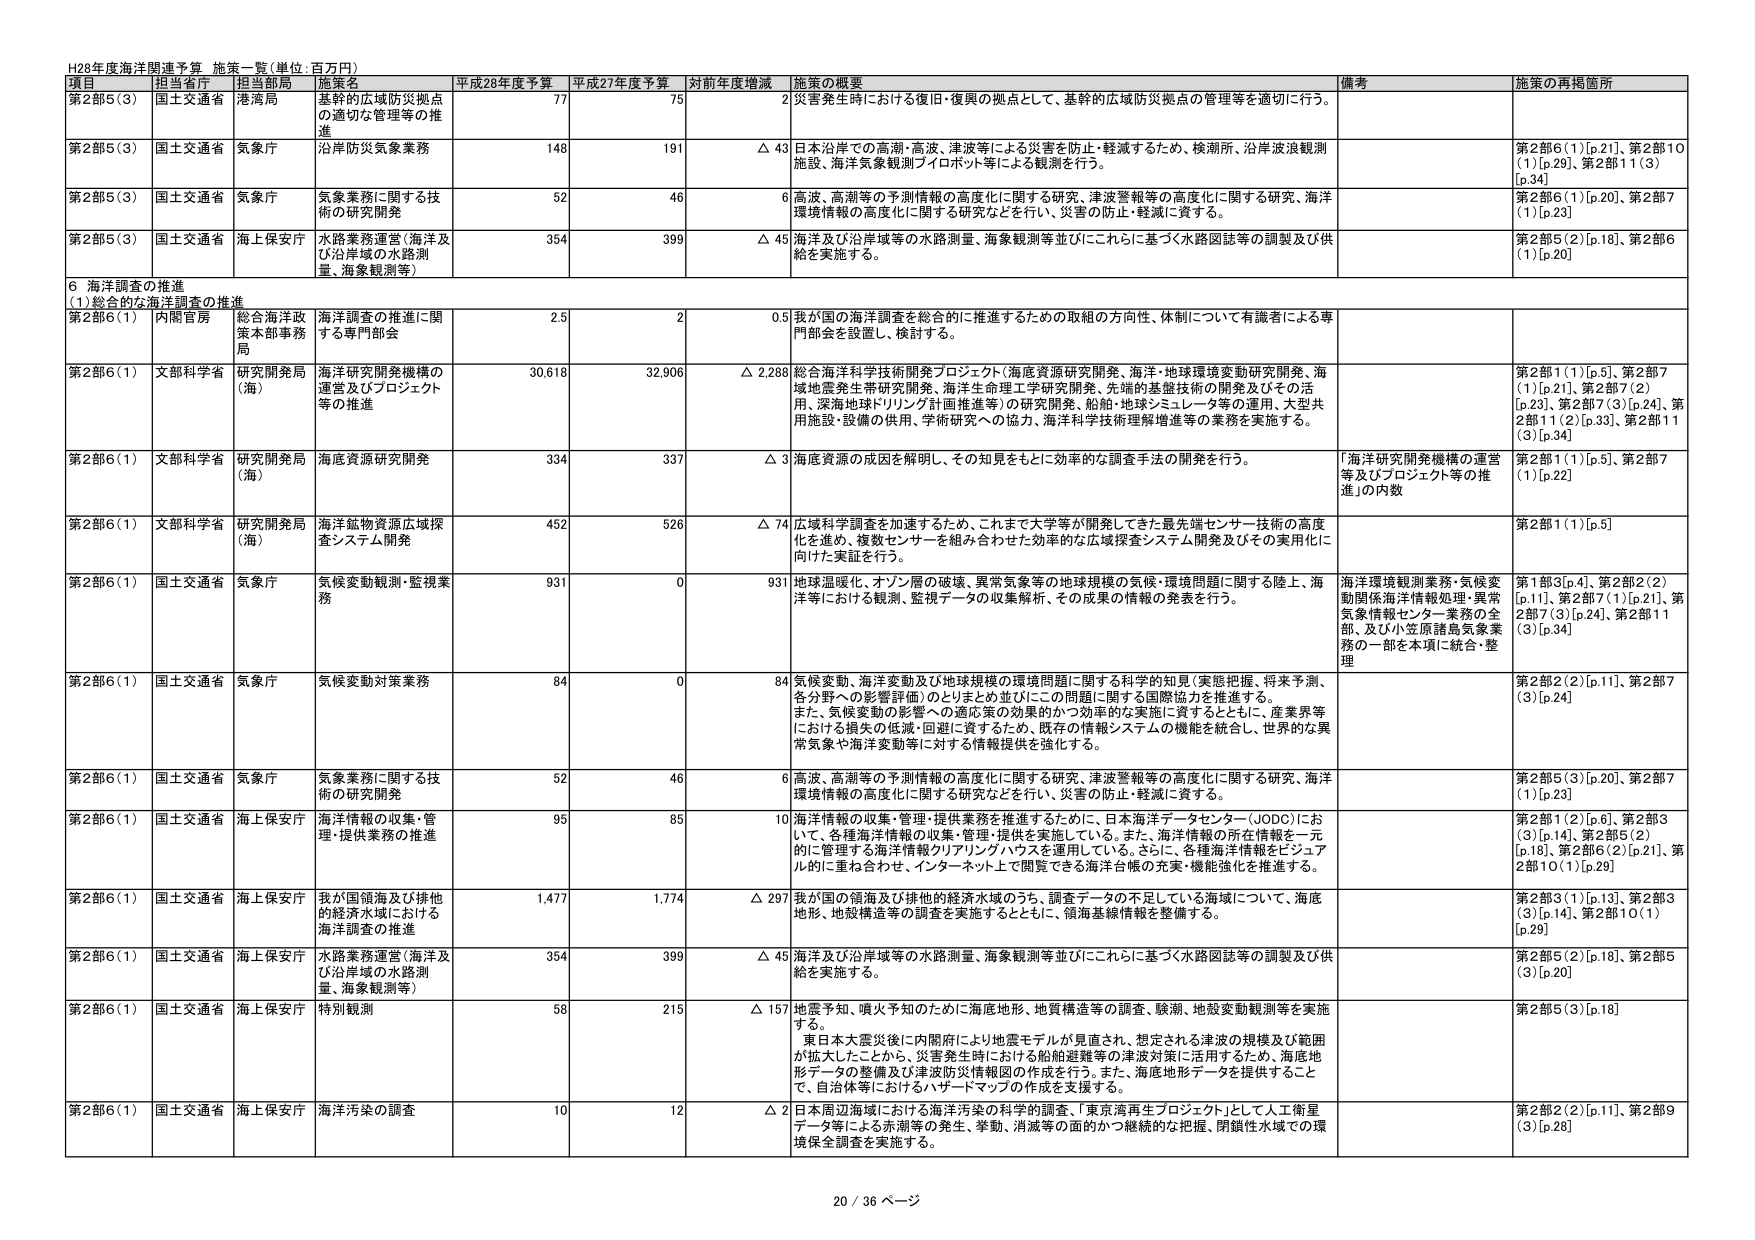
H28年度海洋関連予算 施策一覧(単位:百万円)

項目 担当省庁 担当局 施策名 平成28年度予算 平成27年度予算 対前年度増減 施策の概要 備考 施策の再掲箇所

第2部5(3) 国土交通省 港湾局 基幹的広域防災拠点の適切な管理等の推進 77 75 2 災害発生時における復旧・復興の拠点として、基幹的広域防災拠点の管理等を適切に行う。

第2部5(3) 国土交通省 気象庁 沿岸防災気象業務 148 191 △ 43 日本沿岸での高潮・高波・津波等による災害を防止・軽減するため、検潮所、沿岸波浪観測施設、海洋気象観測パイロボット等による観測を行う。 第2部6(1)[p.21]、第2部10(1)[p.29]、第2部11(3)[p.34]

第2部5(3) 国土交通省 気象庁 気象業務に関する技術の研究開発 52 46 6 高波、高潮等の予測情報の高度化に関する研究、津波警報等の高度化に関する研究、海洋環境情報の高度化に関する研究などを行い、災害の防止・軽減に資する。 第2部6(1)[p.20]、第2部7(1)[p.23]

第2部5(3) 国土交通省 海上保安庁 水路業務運営(海洋及び沿岸域の水路測量、海象観測等) 354 399 △ 45 海洋及び沿岸域等の水路測量、海象観測等並びにこれらに基づく水路図誌等の調製及び供給を実施する。 第2部5(2)[p.18]、第2部6(1)[p.20]

6 海洋調査の推進
(1)総合的な海洋調査の推進

第2部6(1) 内閣官房 総合海洋政策本部事務局 海洋調査の推進に関する専門部会 2.5 2 0.5 我が国の海洋調査を総合的に推進するための取組の方向性、体制について有識者による専門部会を設置し、検討する。

第2部6(1) 文部科学省 研究開発局(海) 海洋研究開発機構の運営及びプロジェクト等の推進 30,618 32,906 △ 2,288 総合海洋科学技術開発プロジェクト(海底資源研究開発、海洋・地球環境変動研究開発、海域地震発生帯研究開発、海洋生命理工学研究開発、先端的基盤技術の開発及びその活用、深海地球ドリリング計画推進等)の研究開発、船舶・地球シミュレータ等の運用、大型共用施設・設備の供用、学術研究への協力、海洋科学技術理解増進等の業務を実施する。 第2部1(1)[p.5]、第2部7(1)[p.21]、第2部7(2)[p.23]、第2部7(3)[p.24]、第2部11(2)[p.33]、第2部11(3)[p.34]

第2部6(1) 文部科学省 研究開発局(海) 海底資源研究開発 334 337 △ 3 海底資源の成因を解明し、その知見をもとに効率的な調査手法の開発を行う。 「海洋研究開発機構の運営等及びプロジェクト等の推進」の内数 第2部1(1)[p.5]、第2部7(1)[p.22]

第2部6(1) 文部科学省 研究開発局(海) 海洋鉱物資源広域探査システム開発 452 526 △ 74 広域科学調査を加速するため、これまで大学等が開発してきた最先端センサー技術の高度化を進め、複数センサーを組み合わせた効率的な広域探査システム開発及びその実用化に向けた実証を行う。 第2部1(1)[p.5]

第2部6(1) 国土交通省 気象庁 気候変動観測・監視業務 931 0 931 地球温暖化、オゾン層の破壊、異常気象等の地球規模の気候・環境問題に関する陸上、海洋等における観測、監視データの収集解析、その成果の情報の発表を行う。 海洋環境観測業務・気候変動関係海洋情報処理・異常気象観測センサー業務の全部、及び小笠原諸島気象業務の一部を本項に統合・整理 第1部3[p.4]、第2部2(2)[p.11]、第2部7(1)[p.21]、第2部7(3)[p.24]、第2部11(3)[p.34]

第2部6(1) 国土交通省 気象庁 気候変動対策業務 84 0 84 気候変動、海洋変動及び地球規模の環境問題に関する科学的知見(実態把握、将来予測、各分野への影響評価)のとりまとめ並びにこの問題に関する国際協力を推進する。また、気候変動の影響への適応策の実施のための効率的な実施に資するとともに、産業界等における損失の低減・回避に資するため、既存の情報システムの機能を統合し、世界的な異常気象や海洋変動等に対する情報提供を強化する。 第2部2(2)[p.11]、第2部7(3)[p.24]

第2部6(1) 国土交通省 気象庁 気象業務に関する技術の研究開発 52 46 6 高波、高潮等の予測情報の高度化に関する研究、津波警報等の高度化に関する研究、海洋環境情報の高度化に関する研究などを行い、災害の防止・軽減に資する。 第2部5(3)[p.20]、第2部7(1)[p.23]

第2部6(1) 国土交通省 海上保安庁 海洋情報の収集・管理・提供業務の推進 95 85 10 海洋情報の収集・管理・提供業務を推進するために、日本海洋データセンター(JODC)において、各種海洋情報の収集・管理・提供を実施している。また、海洋情報の所在情報を一元的に管理する海洋情報クリアリングハウスを運用している。さらに、各種海洋情報をビジュアル的に重ね合わせ、インターネット上で閲覧できる海洋台帳の充実・機能強化を推進する。 第2部1(2)[p.6]、第2部3(3)[p.14]、第2部5(2)[p.18]、第2部6(2)[p.21]、第2部10(1)[p.29]

第2部6(1) 国土交通省 海上保安庁 我が国領海及び排他的経済水域における海洋調査の推進 1,477 1,774 △ 297 我が国の領海及び排他的経済水域のうち、調査データの不足している海域について、海底地形、地殻構造等の調査を実施するとともに、領海基線情報を整備する。 第2部3(1)[p.13]、第2部3(3)[p.14]、第2部10(1)[p.29]

第2部6(1) 国土交通省 海上保安庁 水路業務運営(海洋及び沿岸域の水路測量、海象観測等) 354 399 △ 45 海洋及び沿岸域等の水路測量、海象観測等並びにこれらに基づく水路図誌等の調製及び供給を実施する。 第2部5(2)[p.18]、第2部5(3)[p.20]

第2部6(1) 国土交通省 海上保安庁 特別観測 58 215 △ 157 地震予知、噴火予知のために海底地形、地質構造等の調査、験潮、地殻変動観測等を実施する。 東日本大震災後に内閣府により地震モデルが見直され、想定される津波の規模及び範囲が拡大したことから、災害発生時における船舶避難等の津波対策に活用するため、海底地形データの整備及び津波防災情報図の作成を行う。また、海底地形データを提供すること、及び自治体等におけるハザードマップの作成を支援する。 第2部5(3)[p.18]

第2部6(1) 国土交通省 海上保安庁 海洋汚染の調査 10 12 △ 2 日本周辺海域における海洋汚染の科学的調査、「東京湾再生プロジェクト」として人工衛星データ等による赤潮等の発生、挙動、消滅等の面的かつ継続的な把握、閉鎖性水域での環境保全調査を実施する。 第2部2(2)[p.11]、第2部9(3)[p.28]

20 / 36 ページ